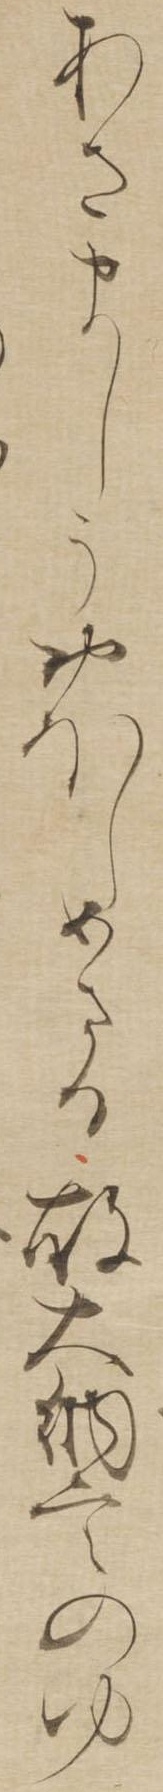
あさましうおほしめさる故大納言のゆ